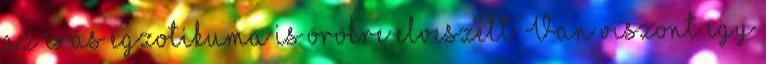
az írás egzotikuma is örökre elveszett. Van viszont egy